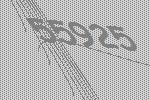
55925